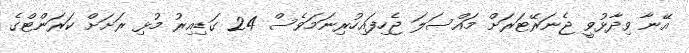
އޭނާ ވިދާޅުވީ ޖެނަރޭޓަރަށް މައްސަލަ ޖެހިފައިހުރިނަމަވެސް 24 ގަޑިއިރު މުޅި ރަށަށް ކަރަންޓްގެ